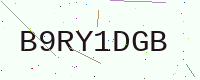
Text: B9RY1DGB